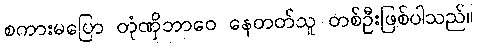
စကားမပြော တုံဏှိဘာဝေ နေတတ်သူ တစ်ဦးဖြစ်ပါသည်။